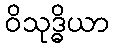
ဝိသုဒ္ဓိယာ